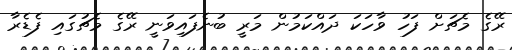
ރޭގެ މެޗަށް ފަހު ވާހަކަ ދައްކަމުން މަރީ ބުނެފައިވަނީ ރޭގެ މެޗުގައި ފެޑެރާ